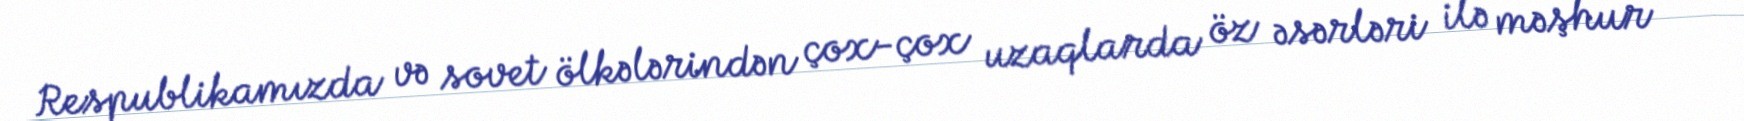
Respublikamızda və sovet ölkələrindən çox-çox uzaqlarda öz əsərləri ilə məşhur